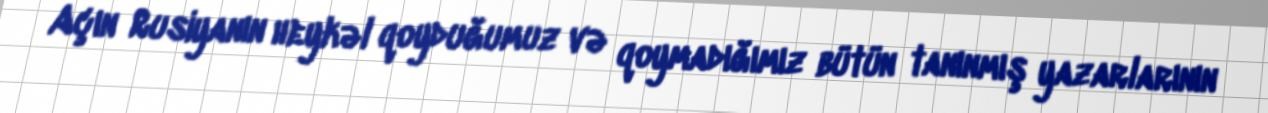
Açın Rusiyanın heykəl qoyduğumuz və qoymadığımız bütün tanınmış yazarlarının